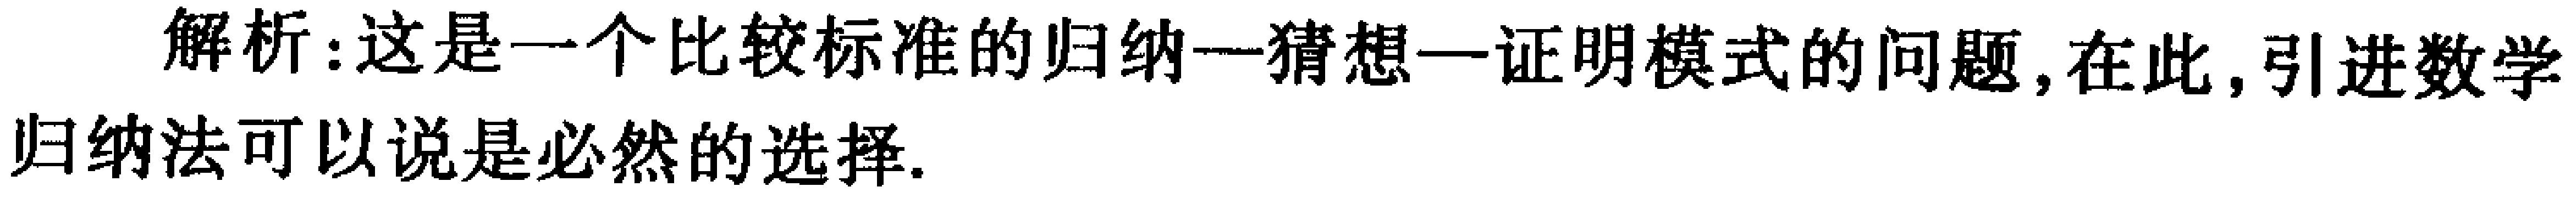
解析：这是一个比较标准的归纳—猜想—证明模式的问题, 在此, 引进数学归纳法可以说是必然的选择.